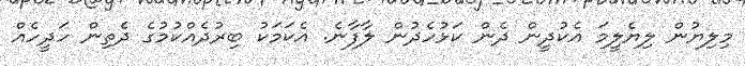
މިލިޔުން ލިޔެލީމަ އެކުދީން ދެން ކަޅުހެދުން ލާފާނެ. އެކަމަކު ބިރުދެއްކުމުގެ ދެތިން ހަދީހެއް